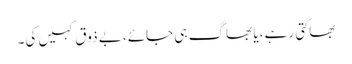
بھاگتی رہے، یا بھاگ ہی جائے، بے ذوق کہیں کی۔